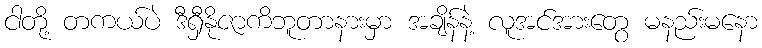
ငါတို့ တကယ်ပဲ ဒီရှီနိုဇာကိဘူတာနားမှာ အချိန်နဲ့ လူအင်အားတွေ မနည်းမနော